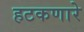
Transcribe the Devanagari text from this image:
हटकणारे